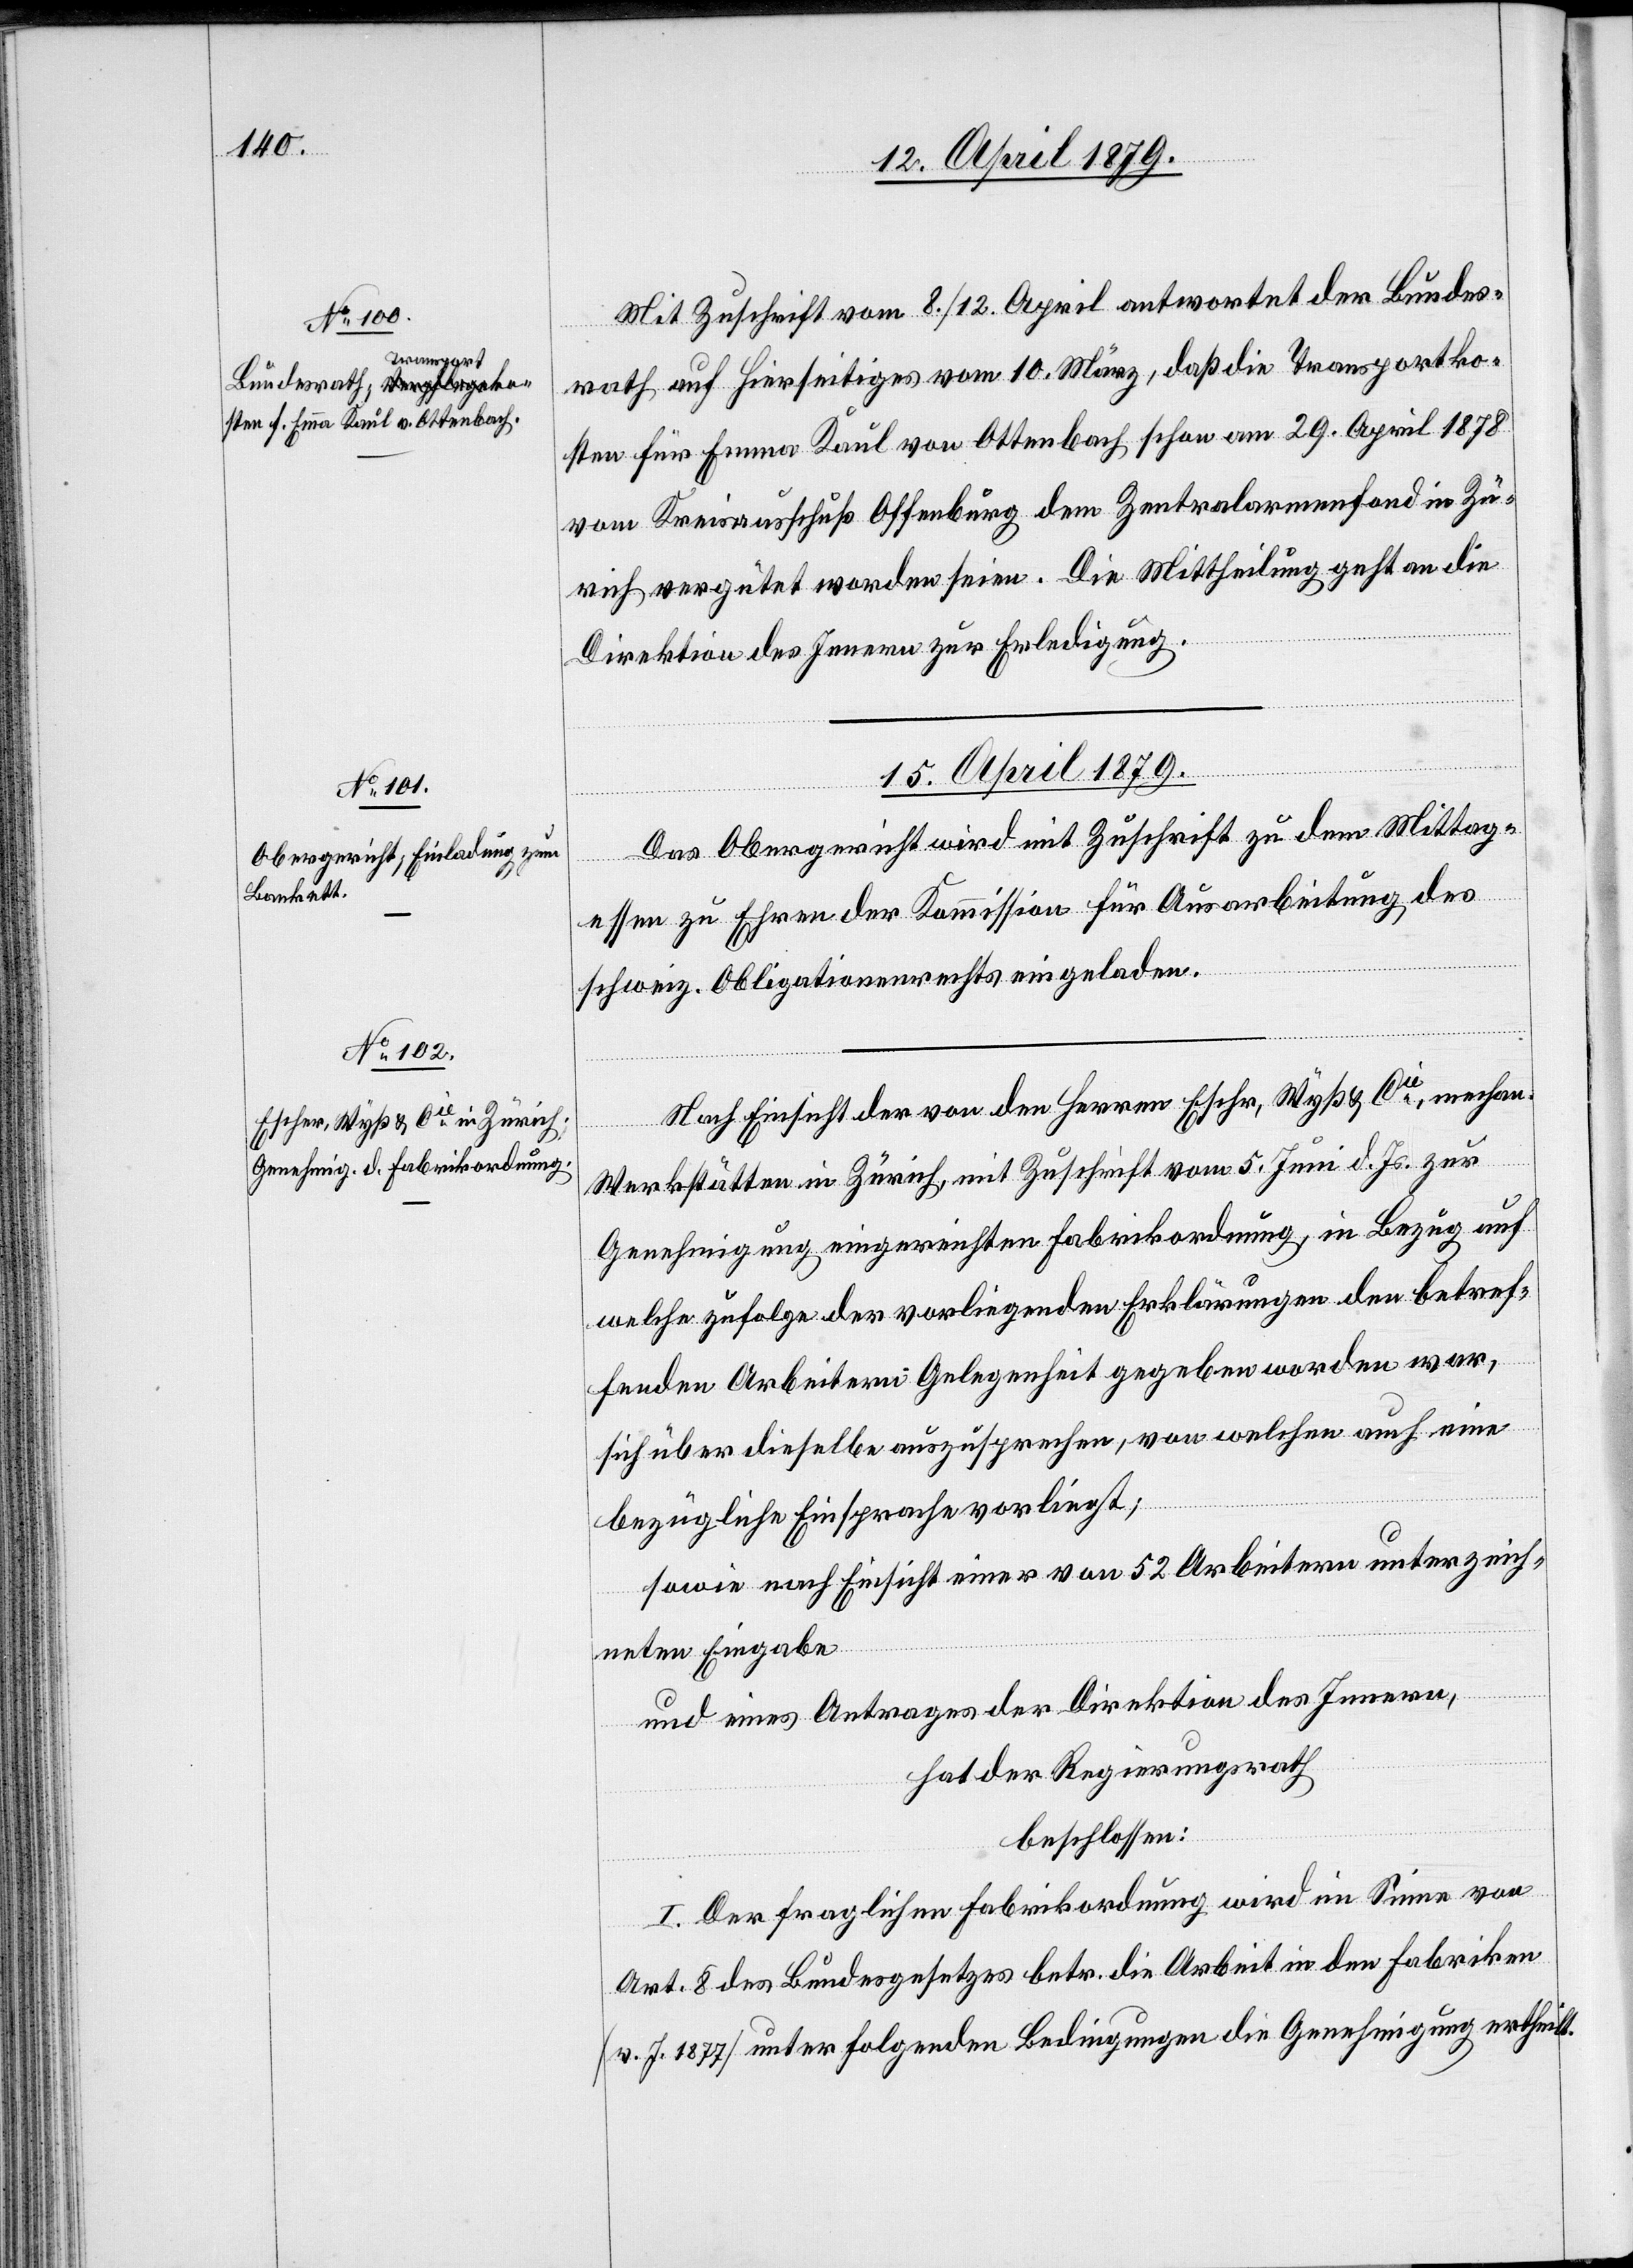
14. April 1879.]
Mit Zuschrift vom 8./12. April antwortet der Bundes¬
rath auf Hierseitiges vom 10. März, daß die Transportko¬
sten für Emma Kaul von Ottenbach schon am 29. April 1878
vom Kreisausschuß Offenburg dem Zentralarmenfond in Zü¬
rich vergütet worden seien. Die Mittheilung geht an die
Direktion des Innern zur Erledigung.
15. April 1879.
Das Obergericht wird mit Zuschrift zu dem Mittag¬
essen zu Ehren der Kommission für Ausarbeitung des
schweiz. Obligationenrechts eingeladen.